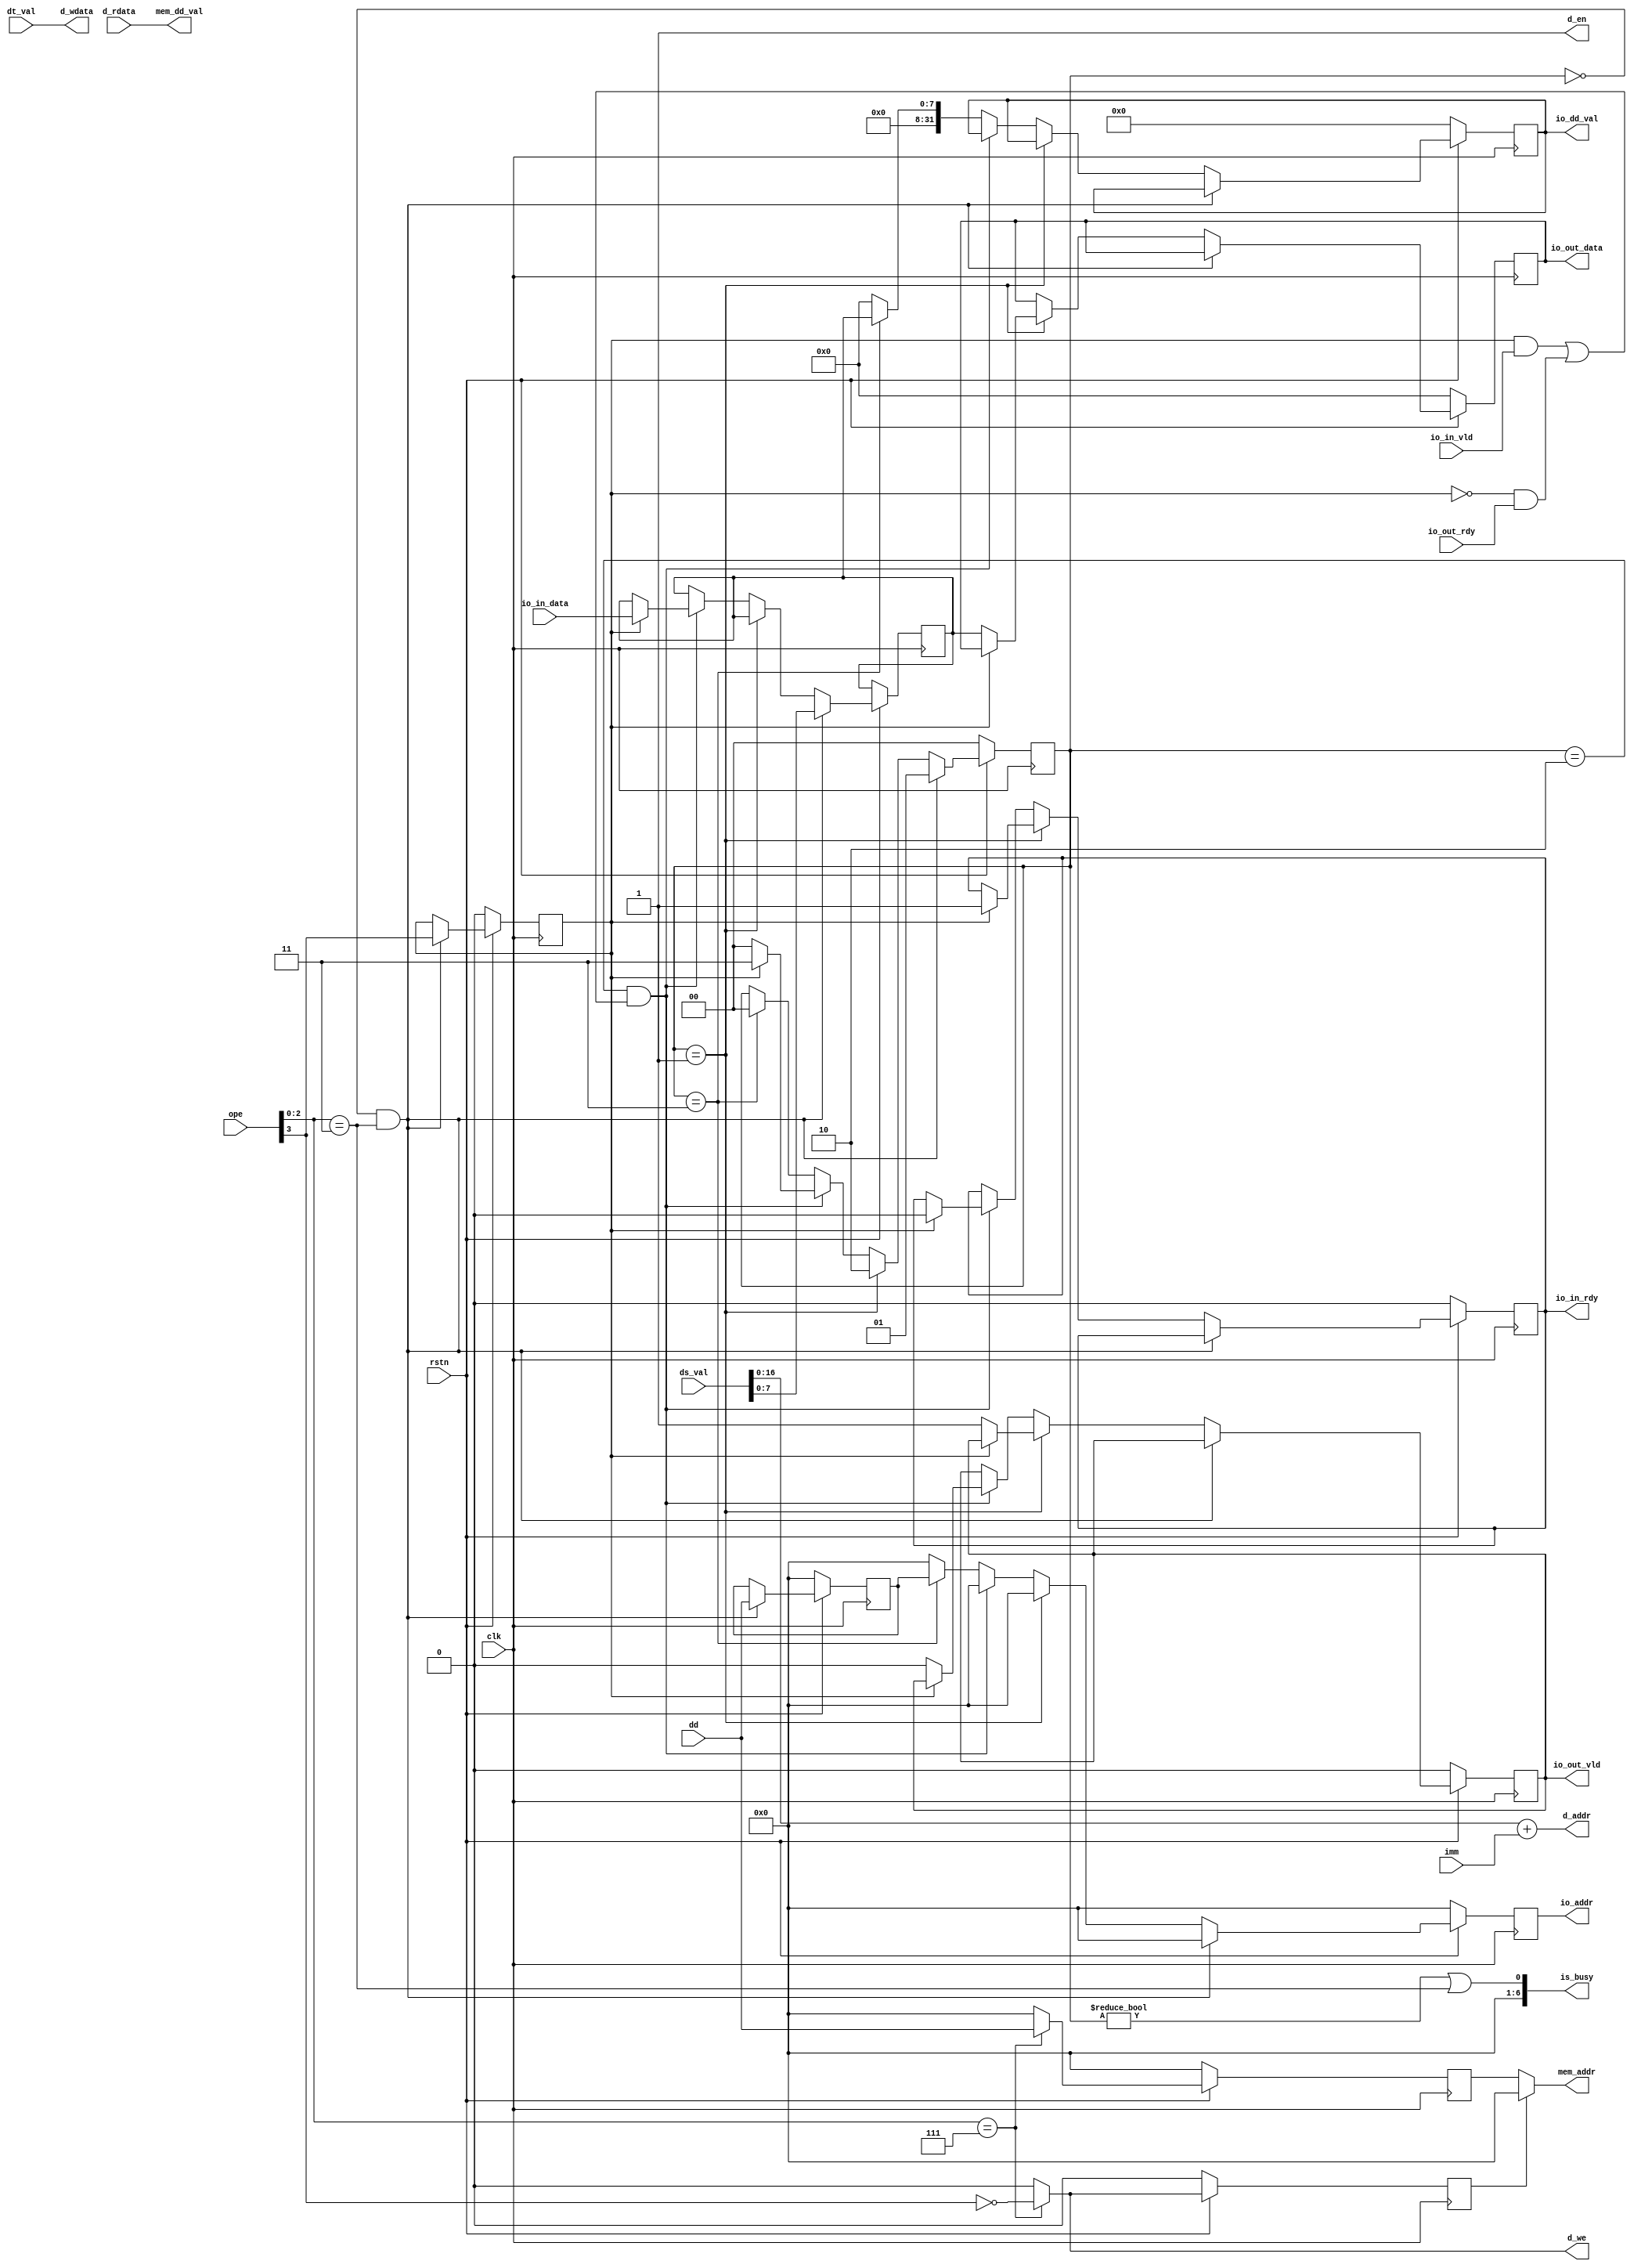
module unit2(
		input wire clk,
		input wire rstn,
		input wire [5:0] ope,
		input wire [31:0] ds_val,
		input wire [31:0] dt_val,
		input wire [5:0] dd,
		input wire [15:0] imm,
		output wire [6:0] is_busy,
		output wire [5:0] mem_addr,
		output wire [31:0] mem_dd_val,
		output reg [5:0] io_addr,
		output reg [31:0] io_dd_val,

		output wire [16:0] d_addr,
		output wire [31:0] d_wdata,
		input wire [31:0] d_rdata,
		output wire d_en,
		output wire d_we,

		input wire [7:0] io_in_data,
		output reg io_in_rdy,
		input wire io_in_vld,

		output reg [7:0] io_out_data,
		input wire io_out_rdy,
		output reg io_out_vld
	);
	//MEM or IO 

	reg [16:0] m1_addr;
	reg [31:0] m1_wdata;
	reg [5:0] m1_dd;
	reg m1_is_write;
	wire[5:0] m2_dd;
	wire m2_is_write;
	wire [31:0] m2_rdata;
//	reg [5:0] m3_dd;
//	reg m3_is_write;
//	reg [31:0] m3_rdata;

	reg [1:0] io_state;
	reg io_is_in;
	reg [5:0] io_tmp_addr;
	reg [7:0] io_tmp_data;
	wire io_busy_cond;

	assign io_busy_cond = io_state != 0 || ope[2:0] == 3'b011;
	assign is_busy = {6'b0,io_busy_cond};
	
	assign d_addr = $signed(ds_val[16:0]) + $signed(imm);
	assign d_wdata = dt_val;
	assign d_en = 1;
	assign d_we = ope[2:0] == 3'b111 ? ~ope[3] : 0;

	assign mem_addr = m2_is_write ? 0 : m2_dd;
	assign mem_dd_val = m2_rdata;

	assign		m2_dd = m1_dd;
	assign		m2_is_write = m1_is_write;
	assign		m2_rdata = d_rdata;

	//mem
	always @(posedge clk) begin
		if (~rstn) begin
//			mem_addr <= 0;
//			mem_dd_val <= 0;
//			m1_addr <= 0;
//			m1_wdata <= 0;
			m1_dd <= 0;
			m1_is_write <= 0;
//			m2_dd <= 0;
//			m2_is_write <= 0;
//			m2_rdata <= 0;
//			m3_dd <= 0;
//			m3_is_write <= 0;
		end else begin			
			if(ope[2:0] == 3'b111) begin
//				m1_addr <= $signed(ds_val) + $signed(imm);
//				m1_wdata <= dt_val;
				m1_dd <= dd;
				m1_is_write <= ~ope[3];
			end else begin
				m1_dd <= 0;
				m1_is_write <= 0;
			end
/*
			m2_dd <= m1_dd;
			m2_is_write <= m1_is_write;
			m2_rdata <= d_rdata;
*/
//			m3_dd <= m2_dd;
//			m3_is_write <= m2_is_write;
//			m3_rdata <= d_rdata;

		end	
	end

	//io
	always @(posedge clk) begin
		if (~rstn) begin
			io_addr <= 0;
			io_dd_val <= 0;
			io_in_rdy <= 0;
			io_out_data <= 0;
			io_out_vld <= 0;
			io_state <= 0;
			io_is_in <= 0;
			io_tmp_addr <= 0;
		end else if (io_state == 0 && ope[2:0] == 3'b011) begin
			io_addr <= 0;
			io_is_in <= ope[3];
			io_tmp_addr <= dd;
			io_tmp_data <= ds_val[7:0];
			io_state <= 1;
		end else if (io_state == 1) begin
			io_addr <= 0;
			if (io_is_in) begin // IN
				io_in_rdy <= 1;
			end else begin // OUT
				io_out_data <= io_tmp_data;
				io_out_vld <= 1;
			end
			io_state <= 2;
		end else if (io_state == 2 && ((io_is_in && io_in_vld) || (~io_is_in && io_out_rdy))) begin
			if(io_is_in) begin
				io_in_rdy <= 0;
				io_addr <= 0;
				io_tmp_data <= io_in_data;
				io_state <= 3;
			end else begin
				io_out_vld <= 0;
				io_addr <= 0;
				io_state <= 0;
			end
		end else if(io_state == 3) begin //IN only
			io_addr <= io_tmp_addr;
			io_dd_val <= {24'b0,io_tmp_data};
			io_state <= 0;
		end else begin
			io_addr <= 0;
			io_dd_val <= 0;
		end
	end
endmodule